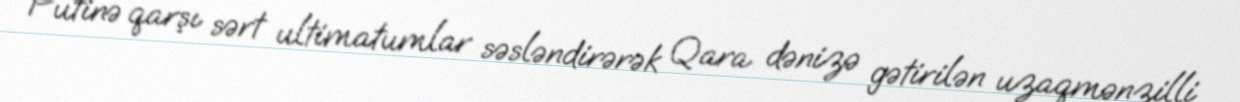
Putinə qarşı sərt ultimatumlar səsləndirərək Qara dənizə gətirilən uzaqmənzilli